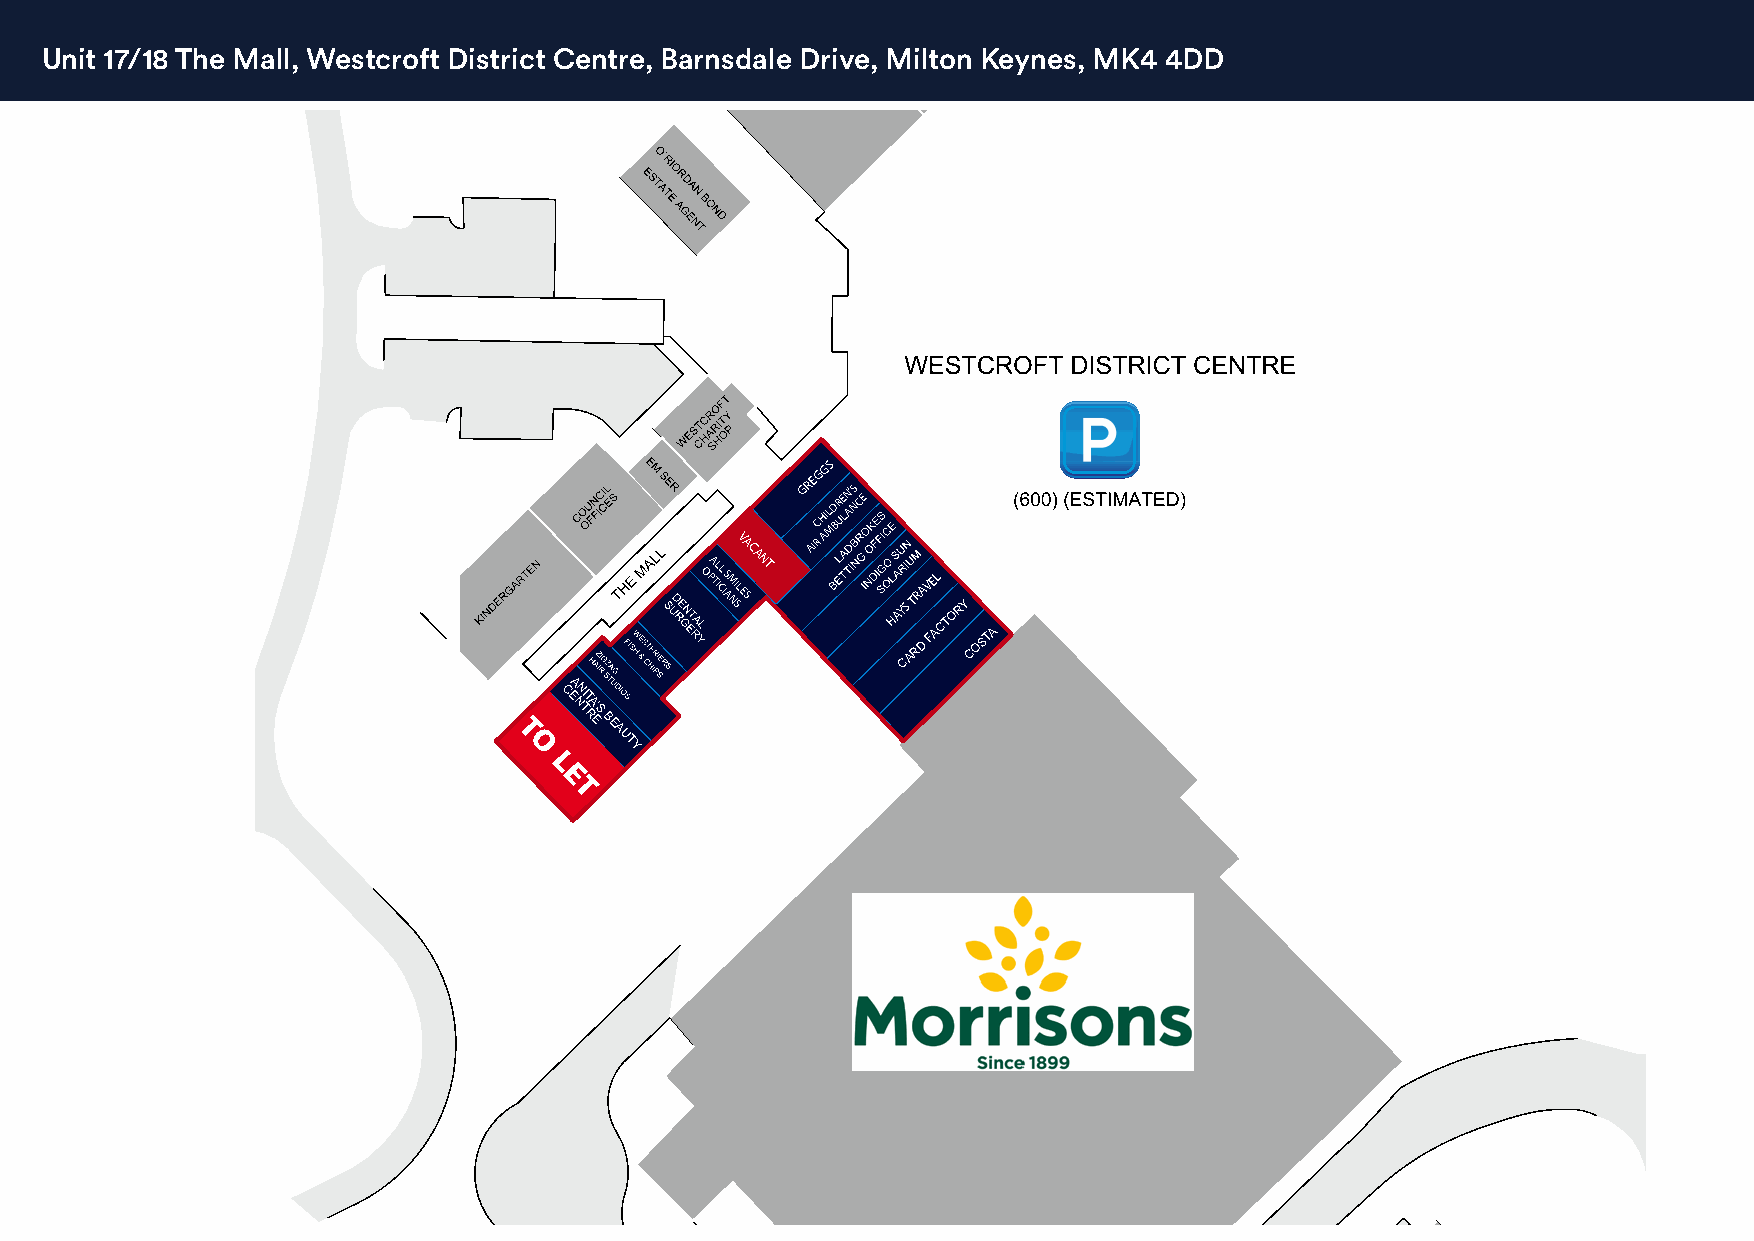
Unit 17/18 The Mall, Westcroft District Centre, Barnsdale Drive, Milton Keynes, MK4 4DD
 GRE CG HG ILS
 MD BR UE LN A’S NCE
 OPA TL ICL I AS M
 NSILV EA SCANT AIR A
 HAY CS AT RR DA V FE AL CTORY
 COSTA
 T
 O
 CEA NN TIT
 RA E’S
 BEAUTY
 L
 E
 T